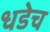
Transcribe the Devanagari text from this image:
धडेच